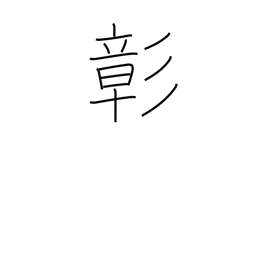
Meaning: patent